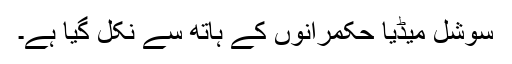
سوشل میڈیا حکمرانوں کے ہاتھ سے نکل گیا ہے۔